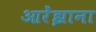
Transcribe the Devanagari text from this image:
आरेंझाना